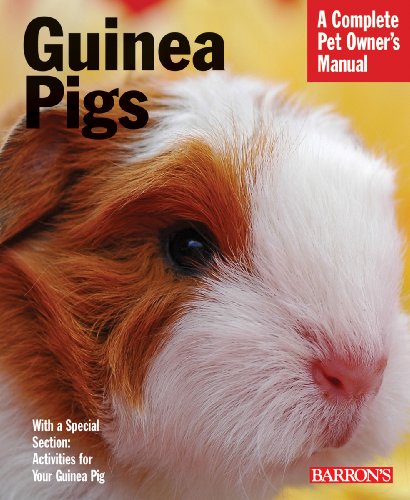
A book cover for Guinea Pigs (Complete Pet Owner's Manual); Immanuel Birmelin; Crafts, Hobbies & Home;